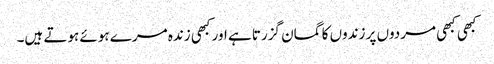
کبھی کبھی مردوں پر زندوں کا گمان گزرتا ہے اور کبھی زندہ مرے ہوئے ہوتے ہیں۔